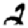
Digit: 2